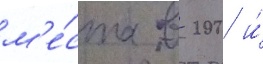
м'е́ста в 200 и́